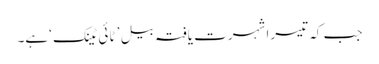
​جب کہ تیسرا شہرت یافتہ بیل ’ ٹائی ٹینک ‘ہے۔